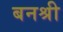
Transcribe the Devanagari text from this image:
बनश्री